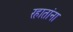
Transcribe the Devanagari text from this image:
रहातांना